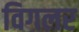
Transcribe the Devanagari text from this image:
विगलर